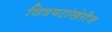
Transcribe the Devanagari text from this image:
चित्रपटांखेरीज